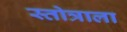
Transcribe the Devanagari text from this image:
स्तोत्राला